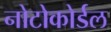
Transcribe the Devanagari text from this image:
नोटोकोर्डल